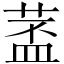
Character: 𱽵